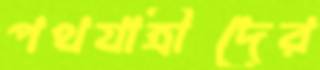
পথযাত্রীদের